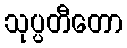
သုပ္ပတီတော